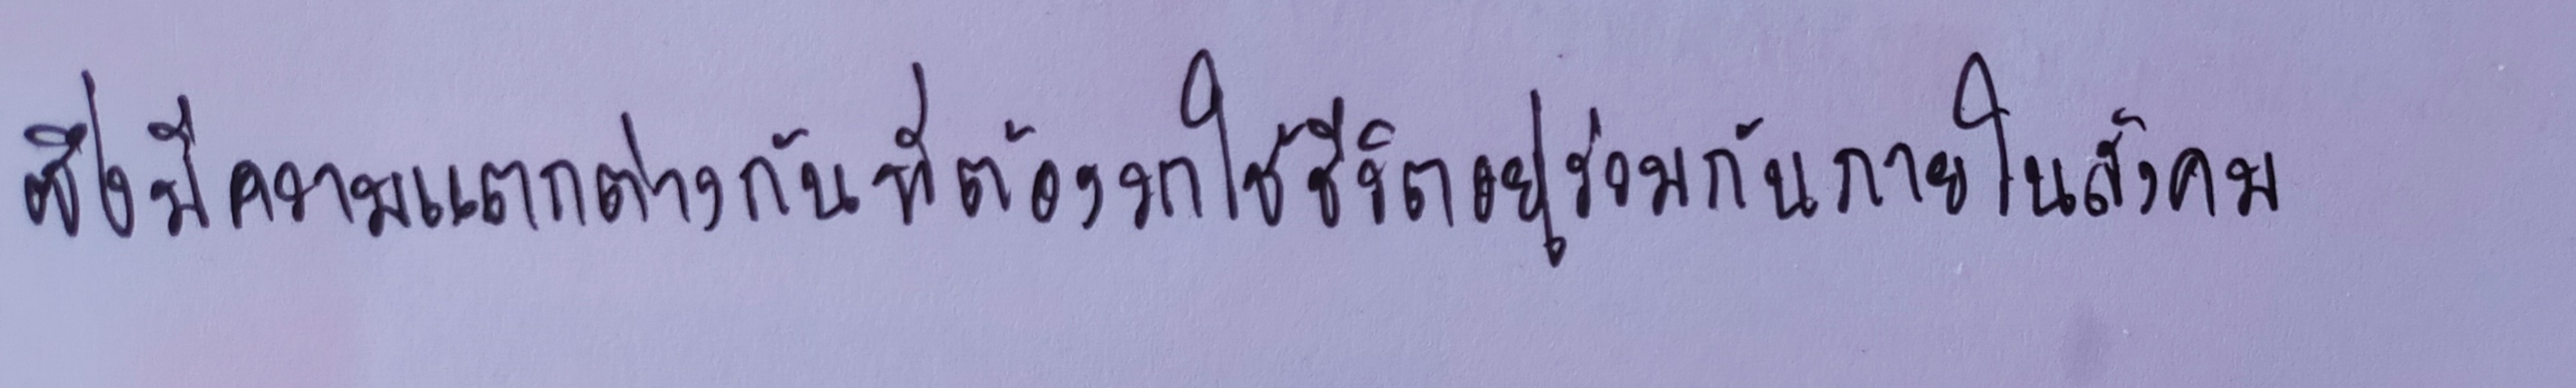
ซึ่งมีความแตกต่างกันที่ต้องมาใช้ชีวิตอยู่ร่วมกันภายในสังคม